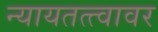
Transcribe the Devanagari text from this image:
न्यायतत्त्वावर